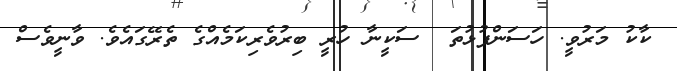
ކާކު މަރުވީ. ހަސަންފުޅުތަ  ސަކީނާ ހުރީ ބިރުވެރިކަމެއްގެ ތެރޭގައެވެ. ވާނީވެސް